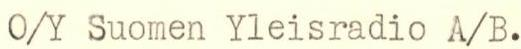
O/Y Suomen Yleisradio A/B.